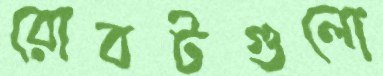
রোবটগুলো